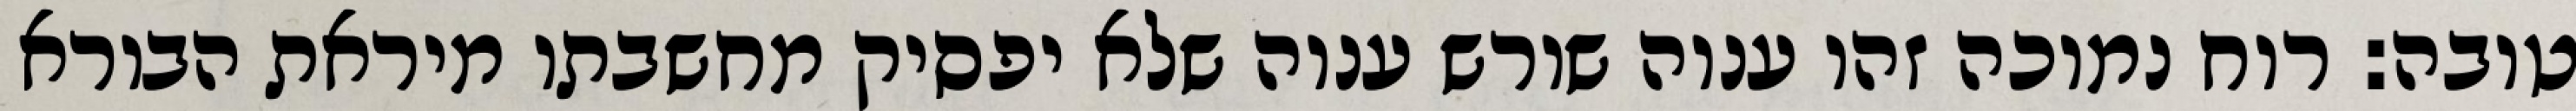
טובה: רוח נמוכה זהו ענוה שורש ענוה שלא יפסיק מחשבתו מיראת הבורא